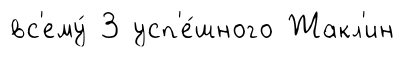
вс'ему́ 3 усп'е́шного Жакл'ин